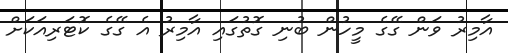
އާމިރު ވަން ގޭގެ މީހުން ބުނި ގޮތުގައި އާމިރު އެ ގޭގެ ކޮޓަރިއަކަށް